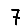
Digit: 7